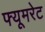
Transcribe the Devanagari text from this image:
फ्यूमरेट